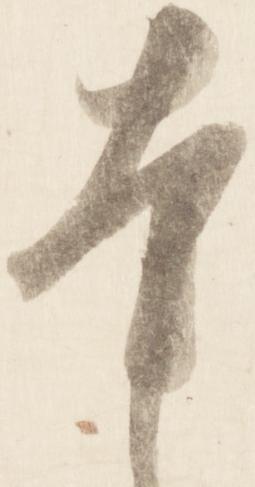
幸